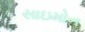
સાઇમોન